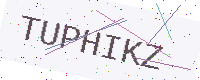
Text: TUPHIKZ